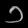
Digit: ၁